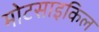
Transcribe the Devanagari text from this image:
मोटसाइकिल